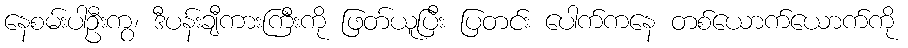
နေစမ်းပါဦးကွ၊ ဒီပန်းချီကားကြီးကို ဖြတ်ယူပြီး ပြတင်း ပေါက်ကနေ တစ်ယောက်ယောက်ကို